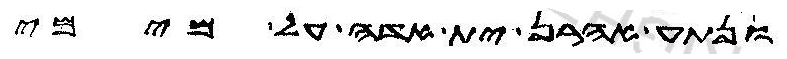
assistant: ונתע אהרן ית אדה על מימי